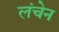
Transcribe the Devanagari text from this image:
लंचेन